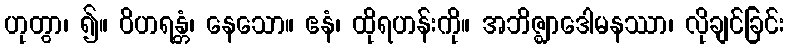
ဟုတွာ၊ ၍။ ဝိဟရန္တံ၊ နေသော။ ဧနံ၊ ထိုရဟန်းကို။ အဘိဇ္ဈာဒေါမနဿာ၊ လိုချင်ခြင်း